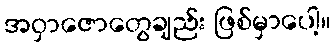
အဝှာဇောတွေချည်း ဖြစ်မှာပေါ့။